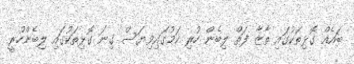
ބައެއް ގޮޅިތަކުގައި ތާޒާ ފަތް ލިބެން ހުރި ކަމުގައިވިޔަސް ގިނަ ގޮޅިތަކުގައި ލިބެންހުރީ